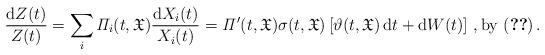
LaTeX: \begin{align*}\frac{\mathrm{d}Z(t)}{Z(t)}= \sum_{i} {\it \Pi}_i(t,\mathfrak{X}) \frac{\mathrm{d}X_i(t)}{X_i(t)}= {\it \Pi}'(t,\mathfrak{X})\sigma(t,\mathfrak{X}) \left[\vartheta(t,\mathfrak{X})\, \mathrm{d} t+ \mathrm{d}W(t) \right] \,,\mathrm{by}\ \eqref{eq:SDE}\,.\end{align*}